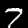
Digit: 7